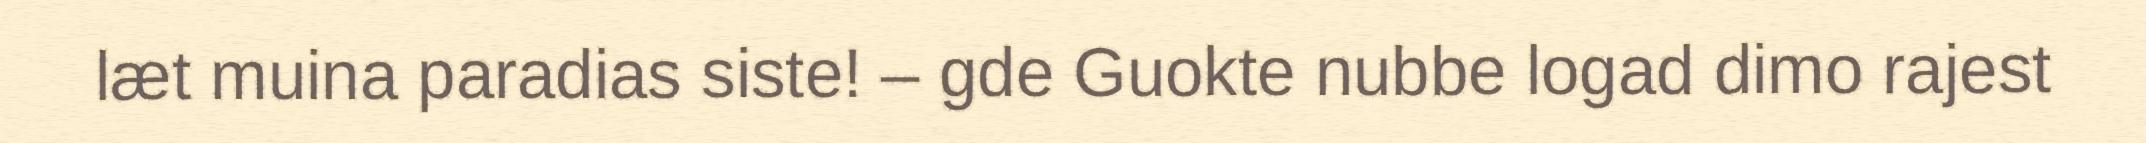
læt muina paradias siste! – gde Guokte nubbe logad dimo rajest